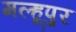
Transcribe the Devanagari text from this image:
मल्हूपुर